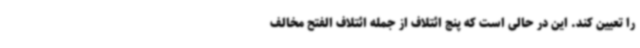
را تعیین کند. این در حالی است که پنج ائتلاف از جمله ائتلاف الفتح مخالف